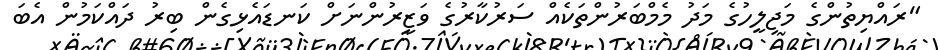
"ރައްޔިތުންގެ މަޖިލީހުގެ މަދު މެމްބަރުންތަކެއް ސަރުކާރުގެ ވަޒީރުންނަށް ކަނޑައެޅިގެން ބިރު ދައްކަމުން އެބަ